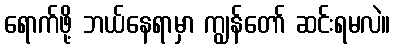
ရောက်ဖို့ ဘယ်နေရာမှာ ကျွန်တော် ဆင်းရမလဲ။